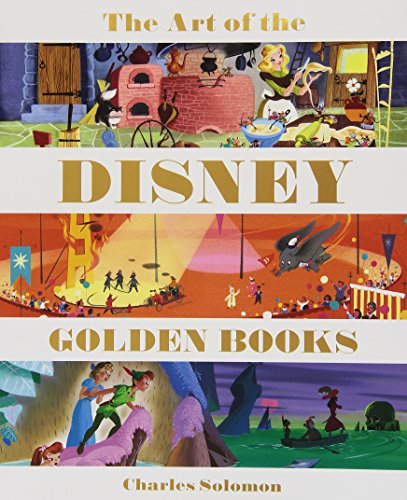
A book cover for The Art of the Disney Golden Books (Disney Editions Deluxe); Charles Solomon; Comics & Graphic Novels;